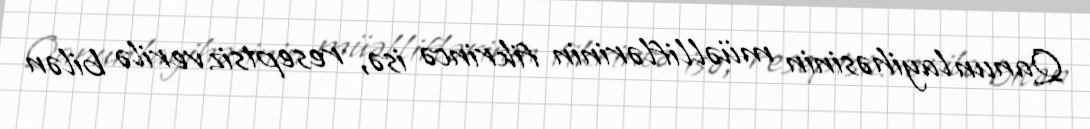
Qanun layihəsinin müəlliflərinin fikrincə isə, reseptsiz verilə bilən